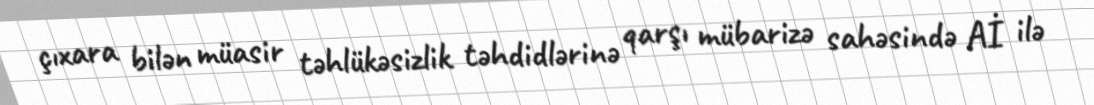
çıxara bilən müasir təhlükəsizlik təhdidlərinə qarşı mübarizə sahəsində Aİ ilə